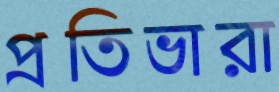
প্রতিভারা